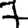
Digit: 7